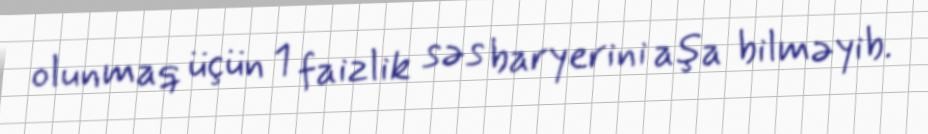
olunmaq üçün 1 faizlik səs baryerini aşa bilməyib.